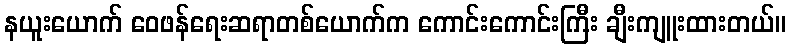
နယူးယောက် ဝေဖန်ရေးဆရာတစ်ယောက်က ကောင်းကောင်းကြီး ချီးကျူးထားတယ်။